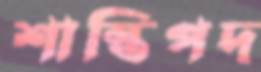
শান্তিপদ